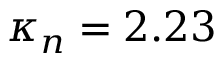
\kappa _ { n } = 2 . 2 3